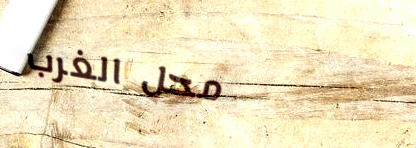
محل الغرب